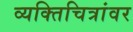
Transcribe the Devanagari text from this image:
व्यक्तिचित्रांवर